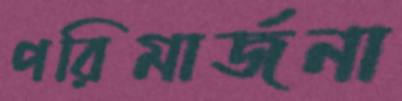
পরিমার্জনা